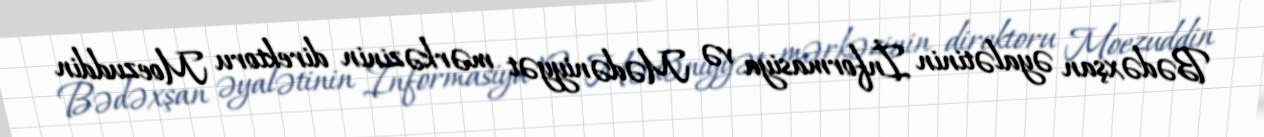
Bədəxşan əyalətinin İnformasiya və Mədəniyyət mərkəzinin direktoru Moezuddin